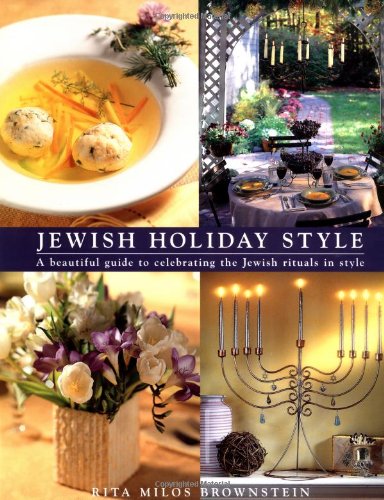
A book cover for Jewish Holiday Style; Rita Milos Brownstein; Cookbooks, Food & Wine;